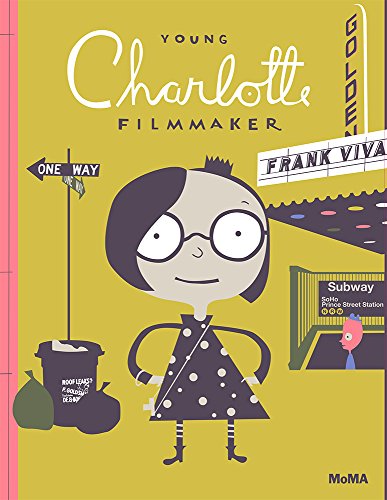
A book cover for Young Charlotte, Filmmaker; Frank Viva; Children's Books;